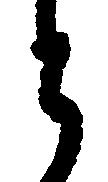
と